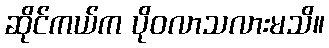
ဆိုင်ကယ်က ပိုဝလာသလားမသိ။